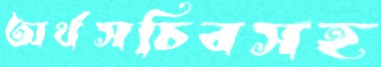
অর্থসচিবসহ